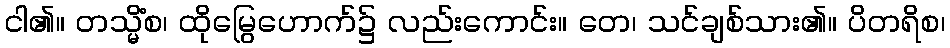
ငါ၏။ တသ္မိံစ၊ ထိုမြွေဟောက်၌ လည်းကောင်း။ တေ၊ သင်ချစ်သား၏။ ပိတရိစ၊